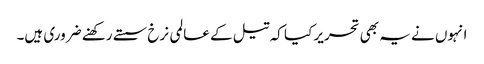
انہوں نے یہ بھی تحریر کیا کہ تیل کے عالمی نرخ سستے رکھنے ضروری ہیں۔